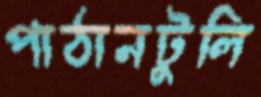
পাঠানটুলি